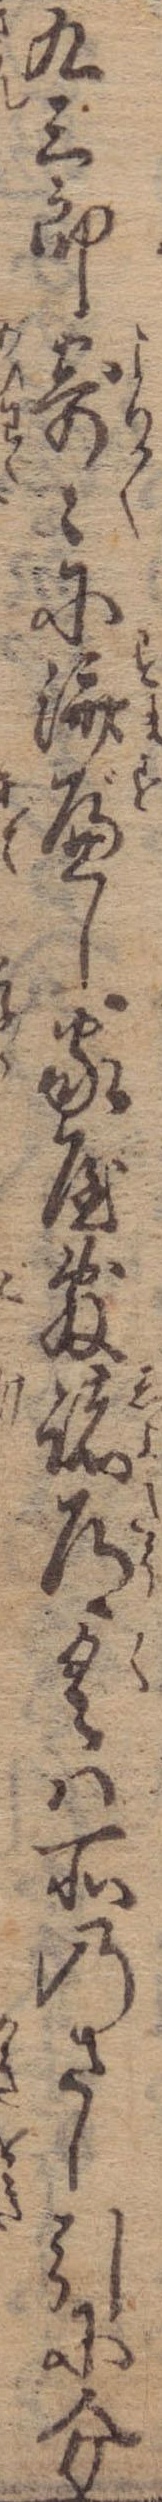
九三郎寄々に済べし家屋敷諸道具は所のさし引に分